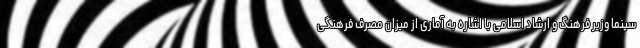
سینما وزیر فرهنگ و ارشاد اسلامی با اشاره به آماری از میزان مصرف فرهنگی